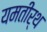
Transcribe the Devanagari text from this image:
यमतीर्थ